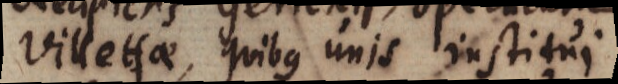
Villettae, quibus unis institui